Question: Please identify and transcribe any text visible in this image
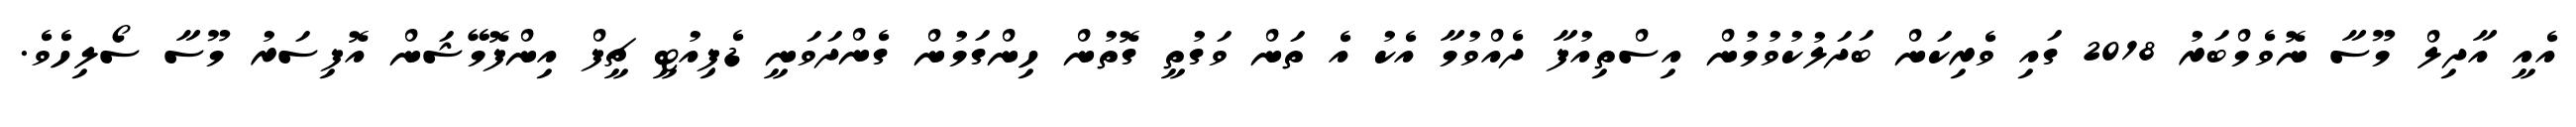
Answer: އެއީ އާދިލް މޫސާ ނޮވެމްބަރު 2018 ގައި ވެރިކަން ބަދަލުކުވުމުން އިސްތިއުފާ ދެއްވުމާ އެކު އެ ތަން ވަގުތީ ގޮތުން ހިންގަމުން ގެންދަވަނީ ޑެޕިއުޓީ ޗީފް އިންފޮމޭޝަން އޮފިސަރު މޫސާ ސޯލިހެވެ.